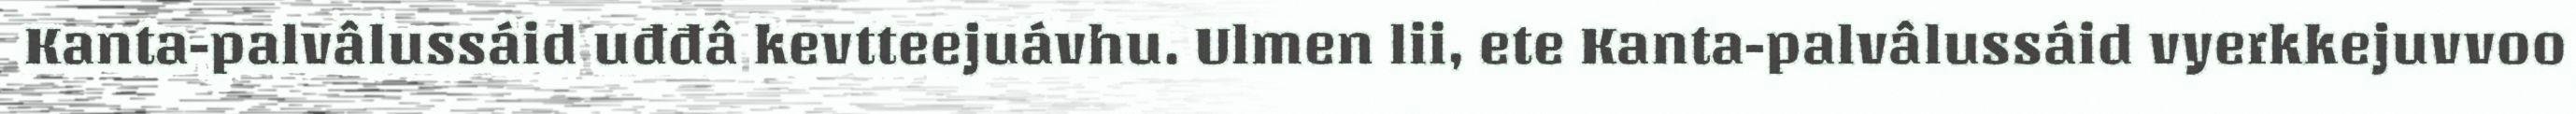
Kanta-palvâlussáid uđđâ kevtteejuávhu. Ulmen lii, ete Kanta-palvâlussáid vyerkkejuvvoo